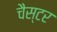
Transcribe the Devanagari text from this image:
चैस्टर